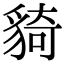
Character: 䝝